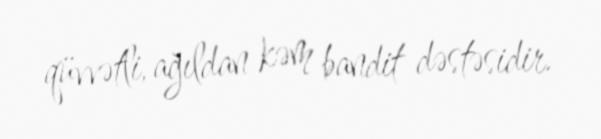
qüvvətli, ağıldan kəm bandit dəstəsidir.